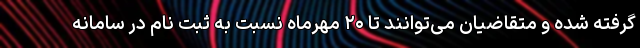
گرفته شده و متقاضیان می‌توانند تا ۲۰ مهرماه نسبت به ثبت نام در سامانه